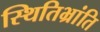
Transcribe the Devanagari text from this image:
स्थितिभ्रांति